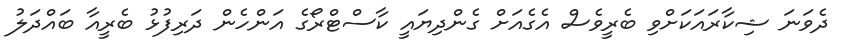
ދެވަނަ ޝިކާރައަކަށްވި ބެރީވެސް އެގެއަށް ގެންދިޔައީ ކާސްޓްރޯގެ އަންހެން ދަރިފުޅު ބެރީއާ ބައްދަލު